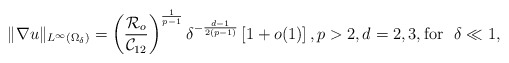
\begin{align*}\|\nabla u\|_{L^\infty(\Omega_\delta)}=\left( \frac{\mathcal{R}_o}{\mathcal{C}_{12}} \right)^{\frac{1}{p-1}} \delta^{-\frac{d-1}{2(p-1)}}\left[1+o(1)\right], p>2, d=2,3, \mbox{for }~\delta\ll 1,\end{align*}